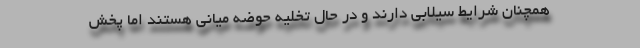
همچنان شرایط سیلابی دارند و در حال تخلیه حوضه میانی هستند اما پخش